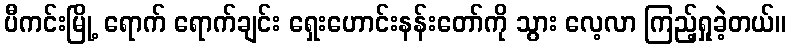
ပီကင်းမြို့ ရောက် ရောက်ချင်း ရှေးဟောင်းနန်းတော်ကို သွား လေ့လာ ကြည့်ရှုခဲ့တယ်။